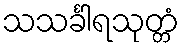
သသင်္ခါရသုတ္တံ